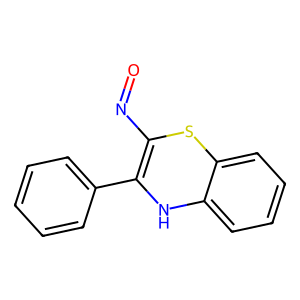
SMILES: O=NC1=C(c2ccccc2)Nc2ccccc2S1
Inhibits HIV replication: No